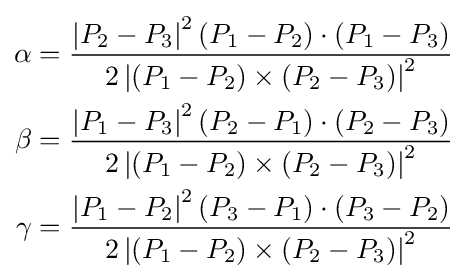
{\begin{aligned}\alpha ={\frac {\left|P_{2}-P_{3}\right|^{2}\left(P_{1}-P_{2}\right)\cdot \left(P_{1}-P_{3}\right)}{2\left|\left(P_{1}-P_{2}\right)\times \left(P_{2}-P_{3}\right)\right|^{2}}}\\\beta ={\frac {\left|P_{1}-P_{3}\right|^{2}\left(P_{2}-P_{1}\right)\cdot \left(P_{2}-P_{3}\right)}{2\left|\left(P_{1}-P_{2}\right)\times \left(P_{2}-P_{3}\right)\right|^{2}}}\\\gamma ={\frac {\left|P_{1}-P_{2}\right|^{2}\left(P_{3}-P_{1}\right)\cdot \left(P_{3}-P_{2}\right)}{2\left|\left(P_{1}-P_{2}\right)\times \left(P_{2}-P_{3}\right)\right|^{2}}}\end{aligned}}